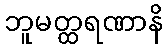
ဘူမတ္ထရဏာနိ